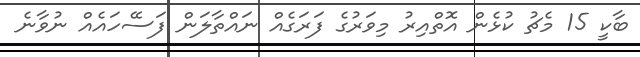
ބާކީ 15 މެޗު ކުޅެން އޮތްއިރު މިވަރުގެ ފަރަގެއް ނައްތާލަން ފަސޭހައެއް ނުވާނެ